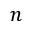
\boldsymbol { n }